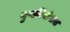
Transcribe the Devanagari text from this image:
गुणविशेषास